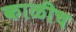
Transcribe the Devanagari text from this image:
काळीच